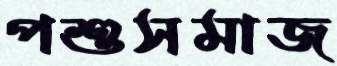
পশুসমাজ